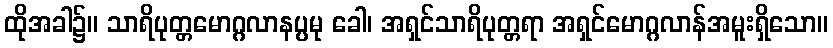
ထိုအခါ၌။ သာရိပုတ္တမောဂ္ဂလာနပ္ပမု ခေါ၊ အရှင်သာရိပုတ္တရာ အရှင်မောဂ္ဂလာန်အမူးရှိသော။